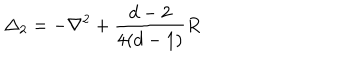
\Delta _ { 2 } = - \nabla ^ { 2 } + { \frac { d - 2 } { 4 ( d - 1 ) } } R